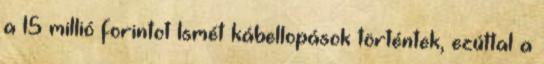
a 15 millió forintot Ismét kábellopások történtek, ezúttal a